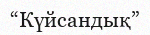
“Күйсандық”